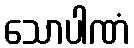
သောပါဏံ